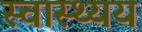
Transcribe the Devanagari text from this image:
स्वास्थ्यय